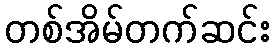
တစ်အိမ်တက်ဆင်း